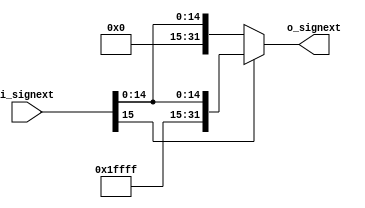
`timescale 1ns / 1ps

module Ext_signo#(

        parameter   NB_DATA_IN   =   16,
        parameter   NB_DATA_OUT  =   32,
        parameter   NB_ADD = (NB_DATA_OUT-NB_DATA_IN)
    )(
        input [NB_DATA_IN-1:0] i_signext,
        output [NB_DATA_OUT-1:0] o_signext
    );

    assign o_signext = (i_signext[15] == 1) ? {{NB_ADD{1'b1}}, i_signext} : {{NB_ADD{1'b0}}, i_signext};
    //assign  o_signext    =   i_signext;

endmodule